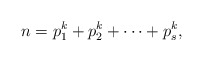
\begin{align*}n=p_1^k+p_2^k+\dots +p_s^k,\end{align*}